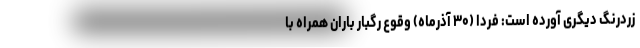
زردرنگ دیگری آورده است: فردا (۳۰ آذرماه) وقوع رگبار باران همراه با